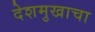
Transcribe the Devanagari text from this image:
देशमुखाचा